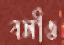
বলীও